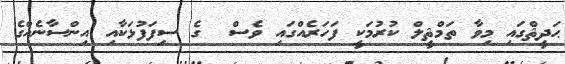
ޙަދީޘްގައި މިވާ ތަމްޘީލް ކުރުމަކީ ފަހަރެއްގައި ވެސް  ގެ ސިފަފުޅަކާއި އިންސާނެއްގެ